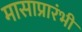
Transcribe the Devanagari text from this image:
मासाप्रारंभी